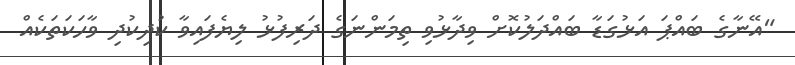
"އޭނާގެ ބައްޕަ އަޅުގަޑާ ބައްދަލުކޮށް ވިދާޅުވި ތިމަންނަގެ ދަރިފުޅު ލިޔެފައިވާ ކުދިކުދި ވާހަކަތަކެއް